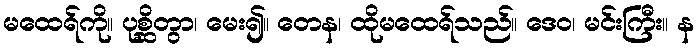
မထေရ်ကို။ ပုစ္ဆိတွာ၊ မေး၍။ တေန၊ ထိုမထေရ်သည်။ ဒေဝ၊ မင်းကြီး။ န